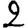
Digit: 2